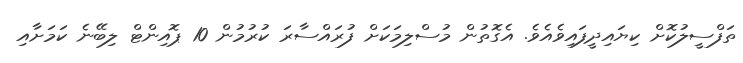
ތަފްސީލުކޮށް ކިޔައިދީފައިވެއެވެ. އެގޮތުން މުސްލިމަކަށް ފުރައްސާރަ ކުރުމުން 10 ޕޮއިންޓް ލިބޭނެ ކަމަށާއި